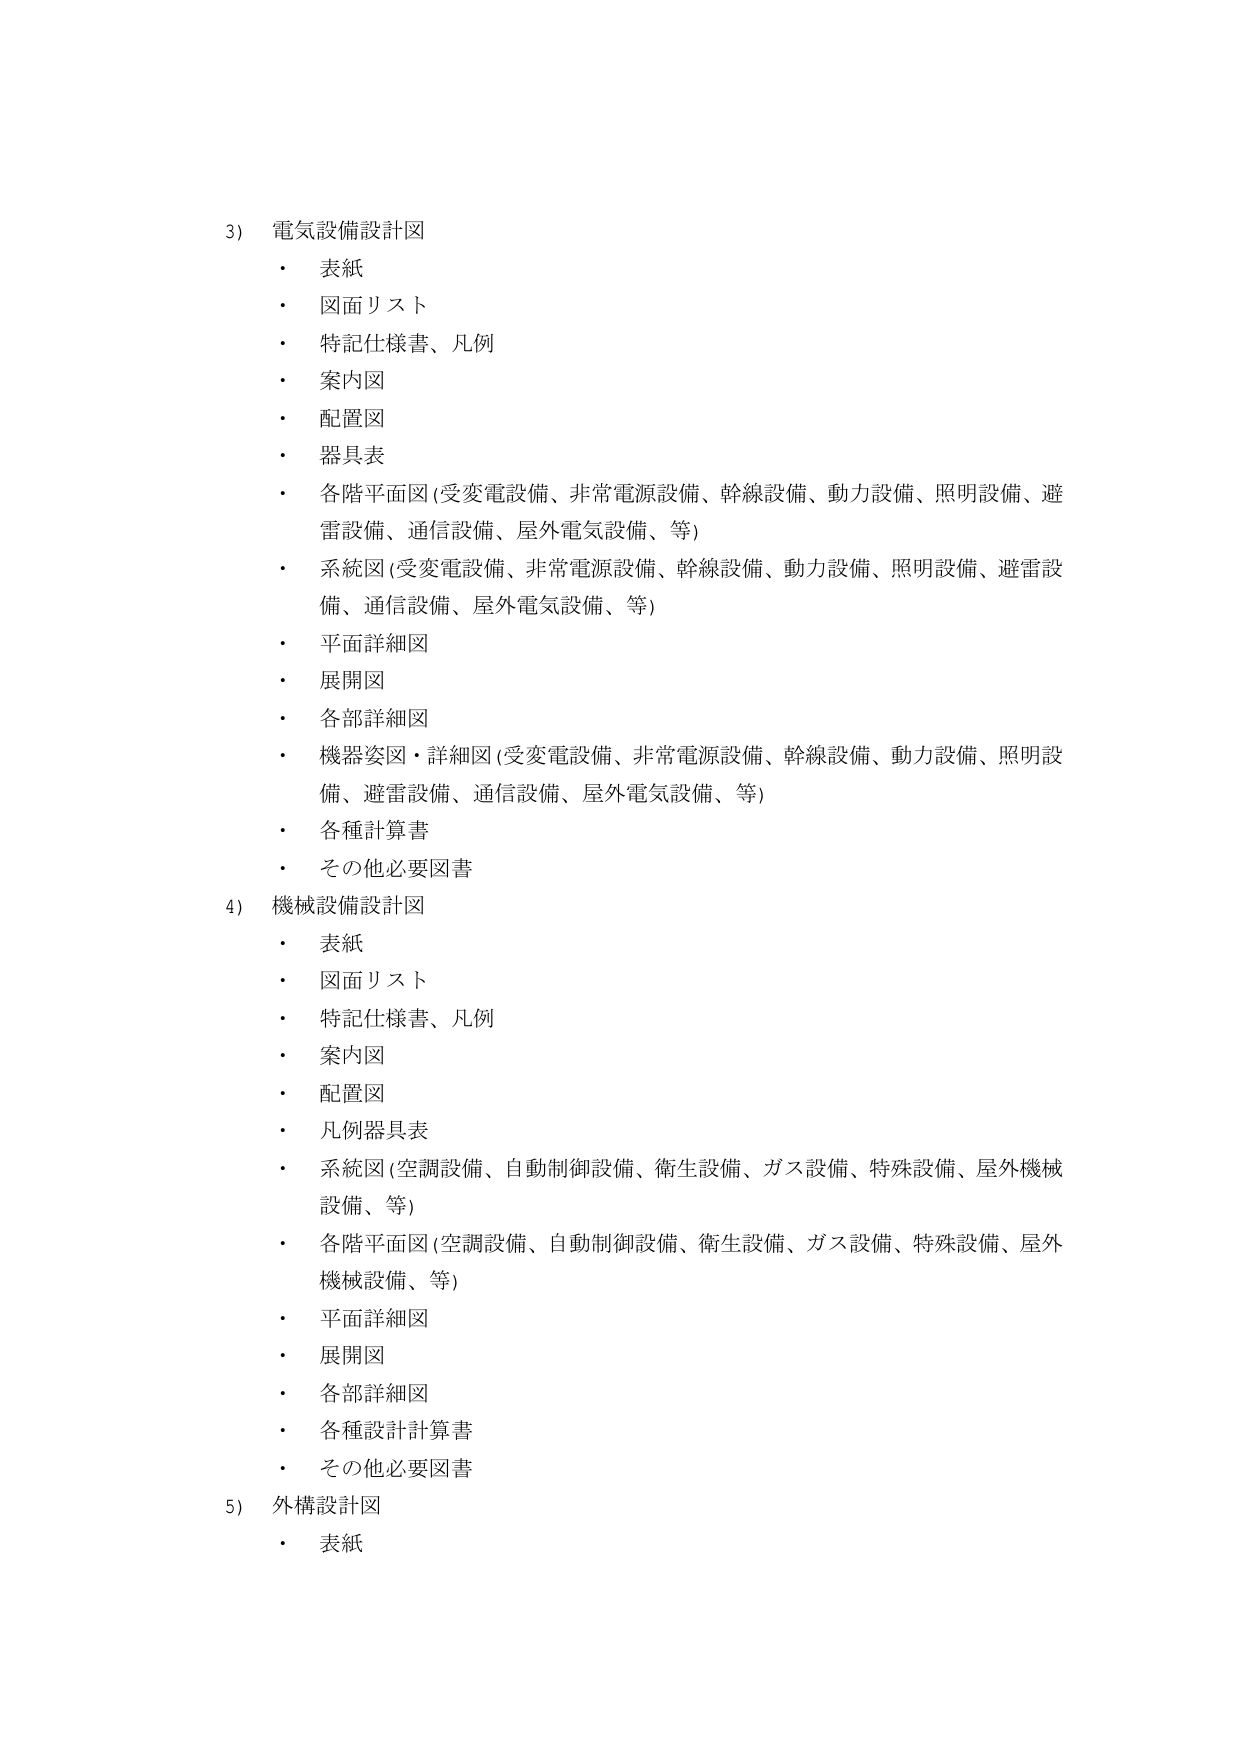
3) 電気設備設計図
・ 表紙
・ 図面リスト
・ 特記仕様書、凡例
・ 案内図
・ 配置図
・ 器具表
・ 各階平面図 (受変電設備、非常電源設備、幹線設備、動力設備、照明設備、避雷設備、通信設備、屋外電気設備、等)
・ 系統図 (受変電設備、非常電源設備、幹線設備、動力設備、照明設備、避雷設備、通信設備、屋外電気設備、等)
・ 平面詳細図
・ 展開図
・ 各部詳細図
・ 機器姿図・詳細図 (受変電設備、非常電源設備、幹線設備、動力設備、照明設備、避雷設備、通信設備、屋外電気設備、等)
・ 各種計算書
・ その他必要図書

4) 機械設備設計図
・ 表紙
・ 図面リスト
・ 特記仕様書、凡例
・ 案内図
・ 配置図
・ 凡例器具表
・ 系統図 (空調設備、自動制御設備、衛生設備、ガス設備、特殊設備、屋外機械設備、等)
・ 各階平面図 (空調設備、自動制御設備、衛生設備、ガス設備、特殊設備、屋外機械設備、等)
・ 平面詳細図
・ 展開図
・ 各部詳細図
・ 各種設計計算書
・ その他必要図書

5) 外構設計図
・ 表紙